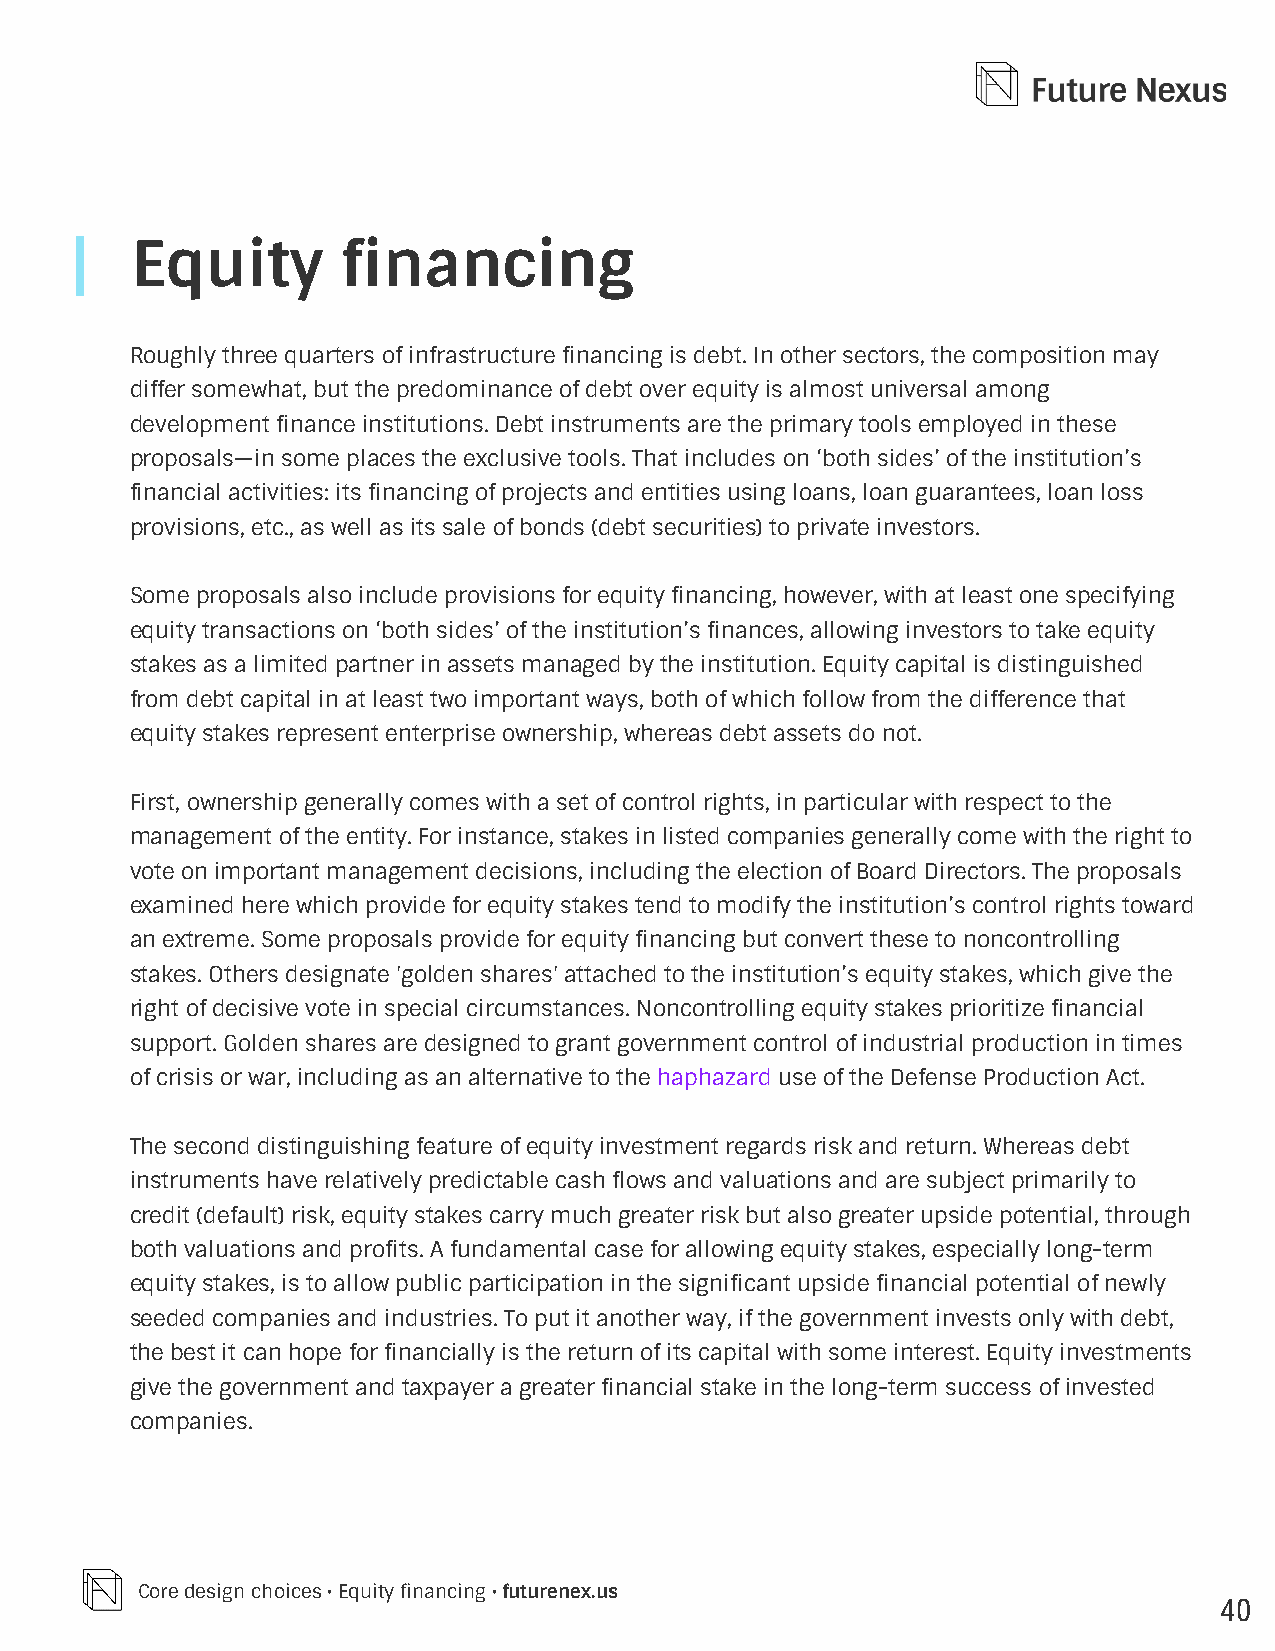
Equity        financing
 Roughly three quarters of infrastructure financing is debt. In other sectors, the composition may
 differ somewhat, but the predominance of debt over equity is almost universal among
 development finance institutions. Debt instruments are the primary tools employed in these
 proposals—in some places the exclusive tools. That includes on ‘both sides’ of the institution’s
 financial activities: its financing of projects and entities using loans, loan guarantees, loan loss
 provisions, etc., as well as its sale of bonds (debt securities) to private investors.
 Some proposals also include provisions for equity financing, however, with at least one specifying
 equity transactions on ‘both sides’ of the institution’s finances, allowing investors to take equity
 stakes as a limited partner in assets managed by the institution. Equity capital is distinguished
 from debt capital in at least two important ways, both of which follow from the difference that
 equity stakes represent enterprise ownership, whereas debt assets do not.
 First, ownership generally comes with a set of control rights, in particular with respect to the
 management of the entity. For instance, stakes in listed companies generally come with the right to
 vote on important management decisions, including the election of Board Directors. The proposals
 examined here which provide for equity stakes tend to modify the institution’s control rights toward
 an extreme. Some proposals provide for equity financing but convert these to noncontrolling
 stakes. Others designate 'golden shares' attached to the institution’s equity stakes, which give the
 right of decisive vote in special circumstances. Noncontrolling equity stakes prioritize financial
 support. Golden shares are designed to grant government control of industrial production in times
 of crisis or war, including as an alternative to the haphazard use of the Defense Production Act.
 The second distinguishing feature of equity investment regards risk and return. Whereas debt
 instruments have relatively predictable cash flows and valuations and are subject primarily to
 credit (default) risk, equity stakes carry much greater risk but also greater upside potential, through
 both valuations and profits. A fundamental case for allowing equity stakes, especially long-term
 equity stakes, is to allow public participation in the significant upside financial potential of newly
 seeded companies and industries. To put it another way, if the government invests only with debt,
 the best it can hope for financially is the return of its capital with some interest. Equity investments
 give the government and taxpayer a greater financial stake in the long-term success of invested
 companies.
 Core design choices • Equity financing • futurenex.us
 40